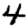
Digit: 4